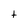
Character: t